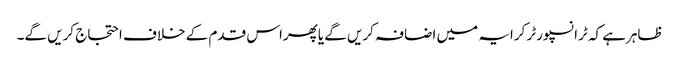
ظاہرہے کہ ٹرانسپورٹر کرایہ میں اضافہ کریں گے یاپھراس قدم کے خلاف احتجاج کریں گے۔